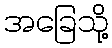
အခြေသို့